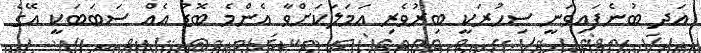
އަދ ބުނެފައިވަނީ ސިހުރަކީ ބިރުވެރި އަމަލަކަށްވާ އެންމެ ބޮޑު އެއް ސަބަބަކީ އޭގެ